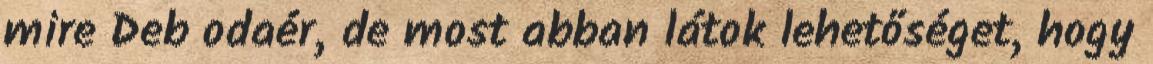
mire Deb odaér, de most abban látok lehetőséget, hogy